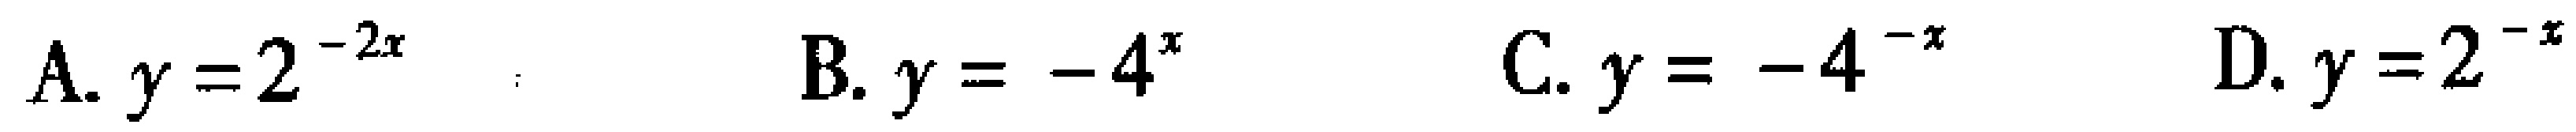
A. \(y = 2^{-2x}\)  B. \(y=-4^{x}\)  C. \(y = -4^{-x}\)  D. \(y = 2^{-x}\)